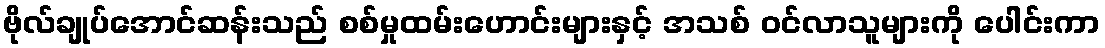
ဗိုလ်ချုပ်အောင်ဆန်းသည် စစ်မှုထမ်းဟောင်းများနှင့် အသစ် ဝင်လာသူများကို ပေါင်းကာ